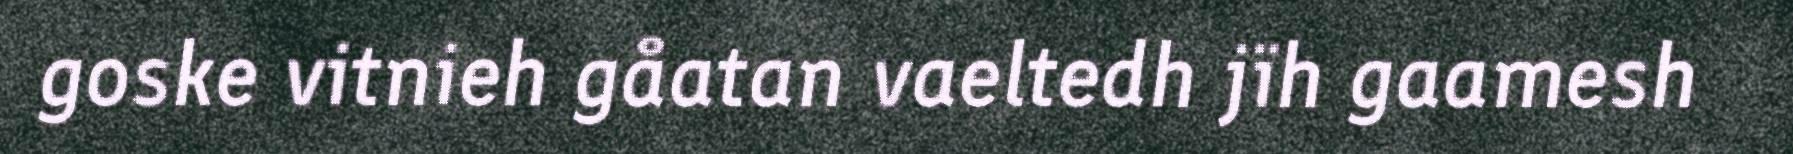
goske vitnieh gåatan vaeltedh jïh gaamesh